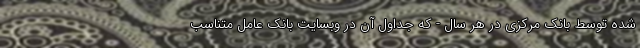
شده توسط بانک مرکزی در هر سال - که جداول آن در وبسایت بانک عامل متناسب